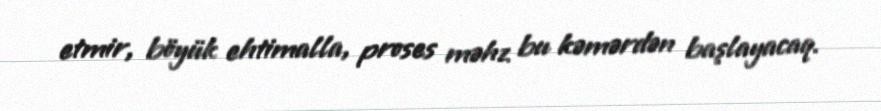
etmir, böyük ehtimalla, proses məhz bu kəmərdən başlayacaq.